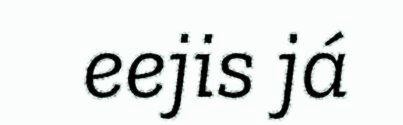
eejis já